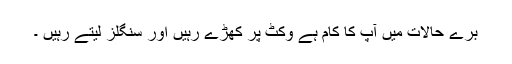
بْرے حالات میں آپ کا کام ہے وکٹ پر کھڑے رہیں اور سنگلز لیتے رہیں ۔